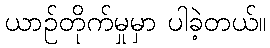
ယာဉ်တိုက်မှုမှာ ပါခဲ့တယ်။